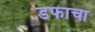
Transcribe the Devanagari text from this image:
डफाचा